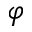
\varphi